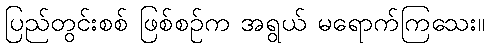
ပြည်တွင်းစစ် ဖြစ်စဉ်က အရွယ် မရောက်ကြသေး။